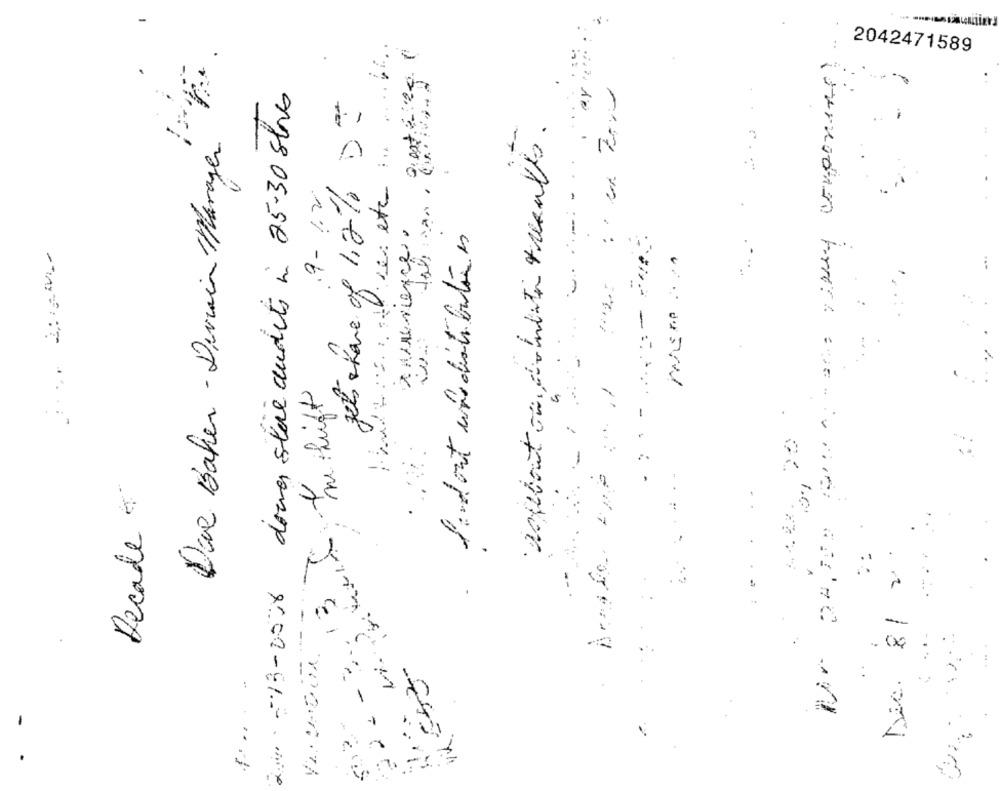
2042471589
dun -13-058 doces store dudets in 25-30 shores
angebaut ou combater treaults .
Due Baker - Derain Manager
.9- 1.2
ledont une distributie es
m hift
5
0
Decade
: --
-3.13 €
Dic. 81 2
"- -
22-
5027